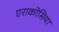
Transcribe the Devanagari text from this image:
एराकोसिया